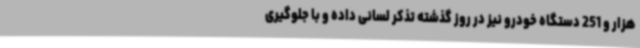
هزار و 251 دستگاه خودرو نیز در روز گذشته تذکر لسانی داده و با جلوگیری